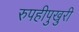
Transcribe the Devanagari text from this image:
रुपहीपुखुरी